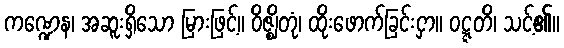
ကဏ္ဍေန၊ အဆူးရှိသော မြားဖြင့်။ ဝိဇ္ဈိတုံ၊ ထိုးဖောက်ခြင်းငှာ။ ဝဋ္ဋတိ၊ သင့်၏။